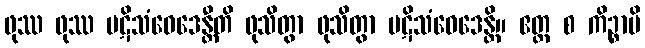
ဖုဿ ဖုဿ ပဋိသံဝေဒေန္တီတိ ဖုသိတွာ ဖုသိတွာ ပဋိသံဝေဒေန္တိ။ ဧတ္ထ စ ကိဉ္စာပိ